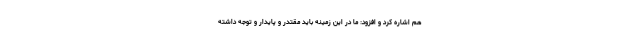
هم اشاره کرد و افزود: ما در این زمینه باید مقتدر و پایدار و توجه داشته